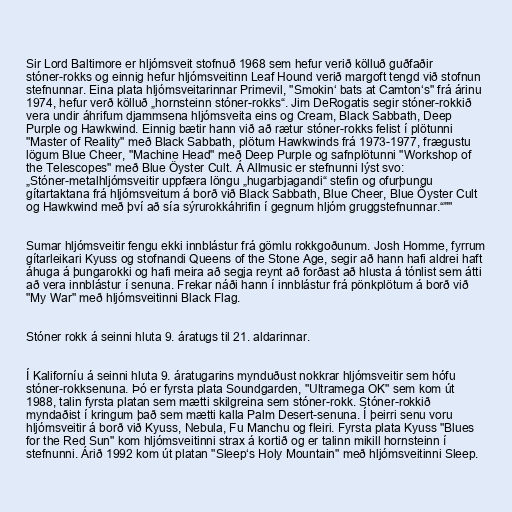
Sir Lord Baltimore er hljómsveit stofnuð 1968 sem hefur verið kölluð guðfaðir
stóner-rokks og einnig hefur hljómsveitinn Leaf Hound verið margoft tengd við stofnun
stefnunnar. Eina plata hljómsveitarinnar Primevil, "Smokin‘ bats at Camton‘s" frá árinu
1974, hefur verð kölluð „hornsteinn stóner-rokks“. Jim DeRogatis segir stóner-rokkið
vera undir áhrifum djammsena hljómsveita eins og Cream, Black Sabbath, Deep
Purple og Hawkwind. Einnig bætir hann við að rætur stóner-rokks felist í plötunni
"Master of Reality" með Black Sabbath, plötum Hawkwinds frá 1973-1977, frægustu
lögum Blue Cheer, "Machine Head" með Deep Purple og safnplötunni "Workshop of
the Telescopes" með Blue Öyster Cult. Á Allmusic er stefnunni lýst svo:
„Stóner-metalhljómsveitir uppfæra löngu „hugarbjagandi“ stefin og ofurþungu
gítartaktana frá hljómsveitum á borð við Black Sabbath, Blue Cheer, Blue Öyster Cult
og Hawkwind með því að sía sýrurokkáhrifin í gegnum hljóm gruggstefnunnar.“""

Sumar hljómsveitir fengu ekki innblástur frá gömlu rokkgoðunum. Josh Homme, fyrrum
gítarleikari Kyuss og stofnandi Queens of the Stone Age, segir að hann hafi aldrei haft
áhuga á þungarokki og hafi meira að segja reynt að forðast að hlusta á tónlist sem átti
að vera innblástur í senuna. Frekar náði hann í innblástur frá pönkplötum á borð við
"My War" með hljómsveitinni Black Flag.

Stóner rokk á seinni hluta 9. áratugs til 21. aldarinnar.

Í Kaliforníu á seinni hluta 9. áratugarins mynduðust nokkrar hljómsveitir sem hófu
stóner-rokksenuna. Þó er fyrsta plata Soundgarden, "Ultramega OK" sem kom út
1988, talin fyrsta platan sem mætti skilgreina sem stóner-rokk. Stóner-rokkið
myndaðist í kringum það sem mætti kalla Palm Desert-senuna. Í þeirri senu voru
hljómsveitir á borð við Kyuss, Nebula, Fu Manchu og fleiri. Fyrsta plata Kyuss "Blues
for the Red Sun" kom hljómsveitinni strax á kortið og er talinn mikill hornsteinn í
stefnunni. Árið 1992 kom út platan "Sleep‘s Holy Mountain" með hljómsveitinni Sleep.